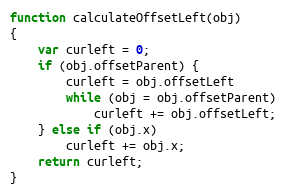
Language: JavaScript
function calculateOffsetLeft(obj)
{
	var curleft = 0;
	if (obj.offsetParent) {
		curleft = obj.offsetLeft
		while (obj = obj.offsetParent)
			curleft += obj.offsetLeft;
	} else if (obj.x)
		curleft += obj.x;
	return curleft;
}